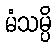
မံသမ္ပိ